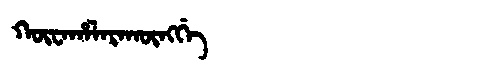
Manchu: ᡴᡡᠸᠠᡥᠠᠯᠠᡵᠠᡴᡡᠩᡤᡝ
Romanization: KŪWAHALARAKŪNGGE